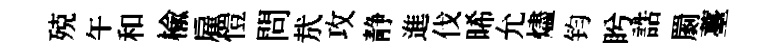
殑午和楡雇愷問㢤攻静進伐晞允燼钧盻誥罽薹